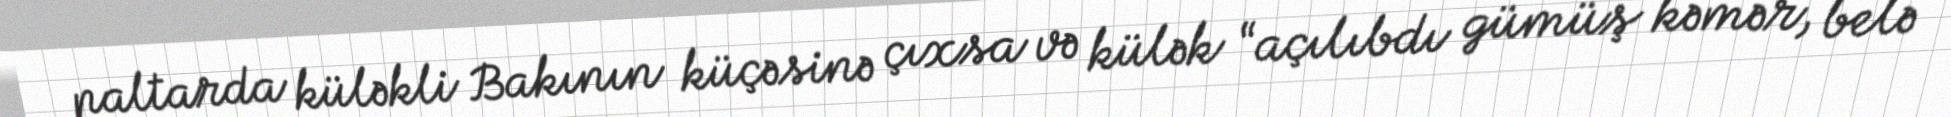
paltarda küləkli Bakının küçəsinə çıxsa və külək “açılıbdı gümüş kəmər, belə